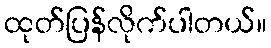
ထုတ်ပြန်လိုက်ပါတယ်။